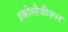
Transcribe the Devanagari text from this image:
इकोलौजीकल